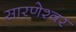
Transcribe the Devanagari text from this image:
सारणेश्वर